Bombay plague: being a history of the progress of plague in the Bombay presidency from September 1896 to June 1899
Year: 1896
Disease focus: Plague
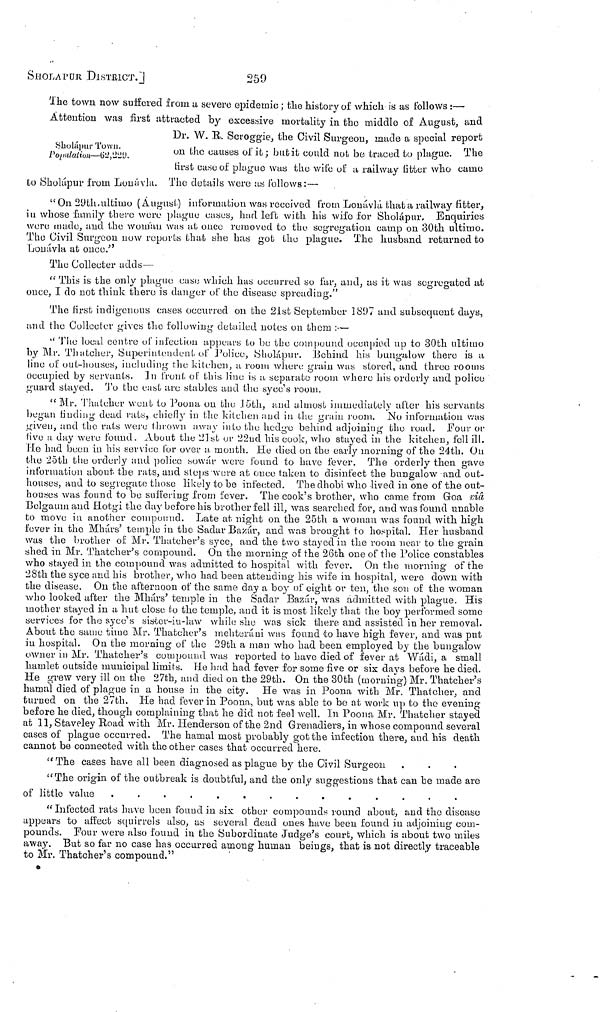
SHOLAPUR
DISTRICT.]
Sholápur Town.
Population—62,229.
The town now suffered from a severe epidemic ; the history oí which is as follows :—
Attention was first attracted by excessive mortality in the middle of August, and
Dr. W. R. Scroggie, the Civil Surgeon, made a special report
on the causes of it ; but it could not be traced to plague. The
first case of plague was the wife of a railway utter who came
to Sholápur from Louávia. The details were as follows: —
"On 29th ultimo (August) information was received from Lonávlá that a railway fitter,
in whose family there were plague cases, had left with his wife for Sholápur, Enquiries
were made, and the woman was at once removed to the segregation camp on 30th ultimo.
The Civil Surgeon now reports that she has got the plague. The husband returned to
Lonávla at once."
The Collecter adds—
" This is the only plague case which has occurred so far, and, as it was segregated at
once, I do not think there is danger of the disease spreading."
The first indigenous cases occurred on the 21st September 1897 and subsequent days,
and the Collecter gives the following detailed notes on them :—
"The local centre of infection appears to be the compound occupied up to 30th ultimo
by Mr. Thatcher, Superintendent of Police, Sholápur. Behind his bungalow there is a
line of out-houses, including the kitchen, a room where grain was stored, and three rooms
occupied by servants. In front of this line is a separate room where his orderly and police
guard stayed. To the east are stables and the syce's room.
"Mr. Thatcher went to Poona on the 15th, and almost immediately after his servants
began finding dead rats, chiefly in the kitchen and in the grain room. No information was
given, and the rats were thrown away into the hedge behind adjoining the road. Four or
five a day were found. About the 21st or 22nd his cook, who stayed in the kitchen, foll ill.
He had been in bis service for over a, month. He died on the early morning of the 24th. On
the 25th the orderly and police sowár were found to have fever. The orderly then gave
information about the rats, and stops were at once taken to disinfect the bungalow and out-
bouses, and to segregate those likely to be infected. The dhobi who lived in one of the out-
houses was found to be suffering from fever. The cook's brother, who came from Goa viâ
"Belgaum and Hotgi the day before bis brother fell ill, was searched for, and was found unable
to move in another compound. Late at night on the 25th a woman was found with high
fever in the Mhárs' temple in the Sadar Bazár, and was brought to hospital. Her husband
was the brother of Mr. Thatcher's syce, and the two stayed in the room near to the grain
shed in Mr. Thatcher's compound. On the morning of the 26th one of the Police constables
who stayed in the compound was admitted to hospital with fever. On the morning of the
28th the syce and bis brother, who had been attending bis wife in hospital, were down with
the disease. On the afternoon of the same day a boy of eight or ten, the son of the woman
who looked after the Mhárs' temple in the Sadar Bazár, was admitted with plague. His
mother stayed in a hut close to the temple, and it is most likely that the boy performed some
services for the syce's sister-iu-law while she was sick there and assisted in lier removal.
About the same time Mr. Thatcher's mehteráni was found to have high fever, and was put
in hospital. On the morning of the 29th a man who bad been employed by the bungalow
owner in Mr. Thatcher's compound was reported to have died of fever at Wádi, a small
hamlet outside municipal limits. He bad had fever for some five or six days before he died.
He grew very ill on the 27th, and died on the 29th. On the 30th (morning) Mr. Thatcher's
hamal died of plague in a house in the city. He was in Poona with Mr. Thatcher, and
turned on the 27th. He bad fever in Poona, but was able to be at work up to the evening
before he died, though complaining that he did not feel well. In Poona Mr. Thatcher stayed
at 11, Staveley Road with Mr. Henderson of the 2nd Grenadiers, in whose compound several
cases of plague occurred. The hamal most probably got the infection there, and his death
cannot be connected with the other cases that occurred here.
" The cases have all been diagnosed as plague by the Civil Surgeon
"The origin of the outbreak is doubtful, and the only suggestions that can be made are
of little value
" Infected rats have been found in six other compounds round about, and the disease
appears to affect squirrels also, as several dead ones have been found in adjoining com-
pounds. Four were also found in the Subordinate Judge's court, which is about two miles
away. But so far no case has occurred among human beings, that is not directly traceable
to Mr. Thatcher's compound."